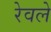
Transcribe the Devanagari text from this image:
रेवले